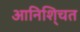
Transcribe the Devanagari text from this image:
आनिशि्चत